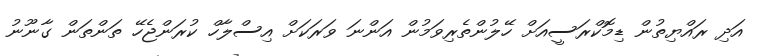
އަދި ރައްޔިތުން ޑިމޮކްރަސީއަށް ހޭލުންތެރިވަމުން އަންނަ ވަރަކަށް އިސްލާހް ކުރަންޖެހޭ ތަންތަން ގާނޫނު